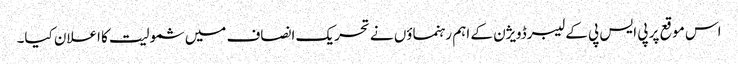
اس موقع پر پی ایس پی کے لیبرڈویژن کے اہم رہنماؤں نے تحریک انصاف میں شمولیت کا اعلان کیا۔